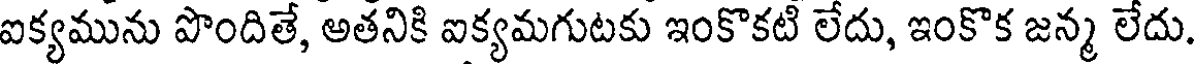
ఐక్యమును పొందితే, అతనికి ఐక్యమగుటకు ఇంకొకటి లేదు, ఇంకొక జన్మ లేదు.